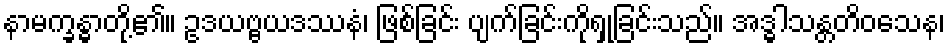
နာမက္ခန္ဓာတို့၏။ ဥဒယဗ္ဗယဒဿနံ၊ ဖြစ်ခြင်း ပျက်ခြင်းကိုရှုခြင်းသည်။ အဒ္ဓါသန္တတိဝသေန၊